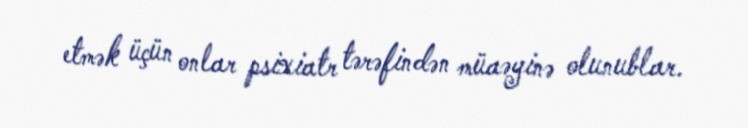
etmək üçün onlar psixiatr tərəfindən müaəyinə olunublar.